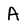
Character: A